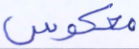
معكوس